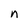
Character: n